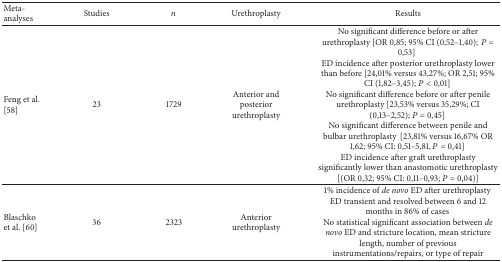
| Meta-analyses | Studies | n | Urethroplasty | Results |
 | --- | --- | --- | --- | --- |
 | Feng et al. [58] | 23 | 1729 | Anterior and posterior urethroplasty | No significant difference before or after urethroplasty [OR 0,85; 95% CI (0,52–1,40); P = 0,53]ED incidence after posterior urethroplasty lower than before [24,01% versus 43,27%; OR 2,51; 95% CI (1,82–3,45); P < 0,01] No significant difference before or after penile urethroplasty [23,53% versus 35,29%; CI (0,13–2,52); P = 0,45] No significant difference between penile and bulbar urethroplasty[23,81% versus 16,67% OR 1,62; 95% CI: 0,51–5,81, P = 0,41] ED incidence after graft urethroplasty significantly lower than anastomotic urethroplasty [(OR 0,32; 95% CI: 0,11–0,93; P = 0,04)] |
 | Blaschko et al. [60] | 36 | 2323 | Anterior urethroplasty | 1% incidence of de novo ED after urethroplasty ED transient and resolved between 6 and 12 months in 86% of cases No statistical significant association between de novo ED and stricture location, mean stricture length, number of previous instrumentations/repairs, or type of repair |